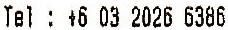
TEL : + 6 03 2026 6386